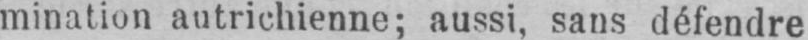
mination autrichienne; aussi, sans défendre